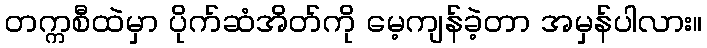
တက္ကစီထဲမှာ ပိုက်ဆံအိတ်ကို မေ့ကျန်ခဲ့တာ အမှန်ပါလား။